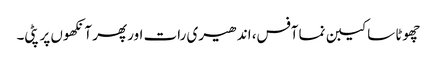
چھوٹا سا کیبن نما آفس، اندھیری رات اور پھر آنکھوں پر پٹی۔